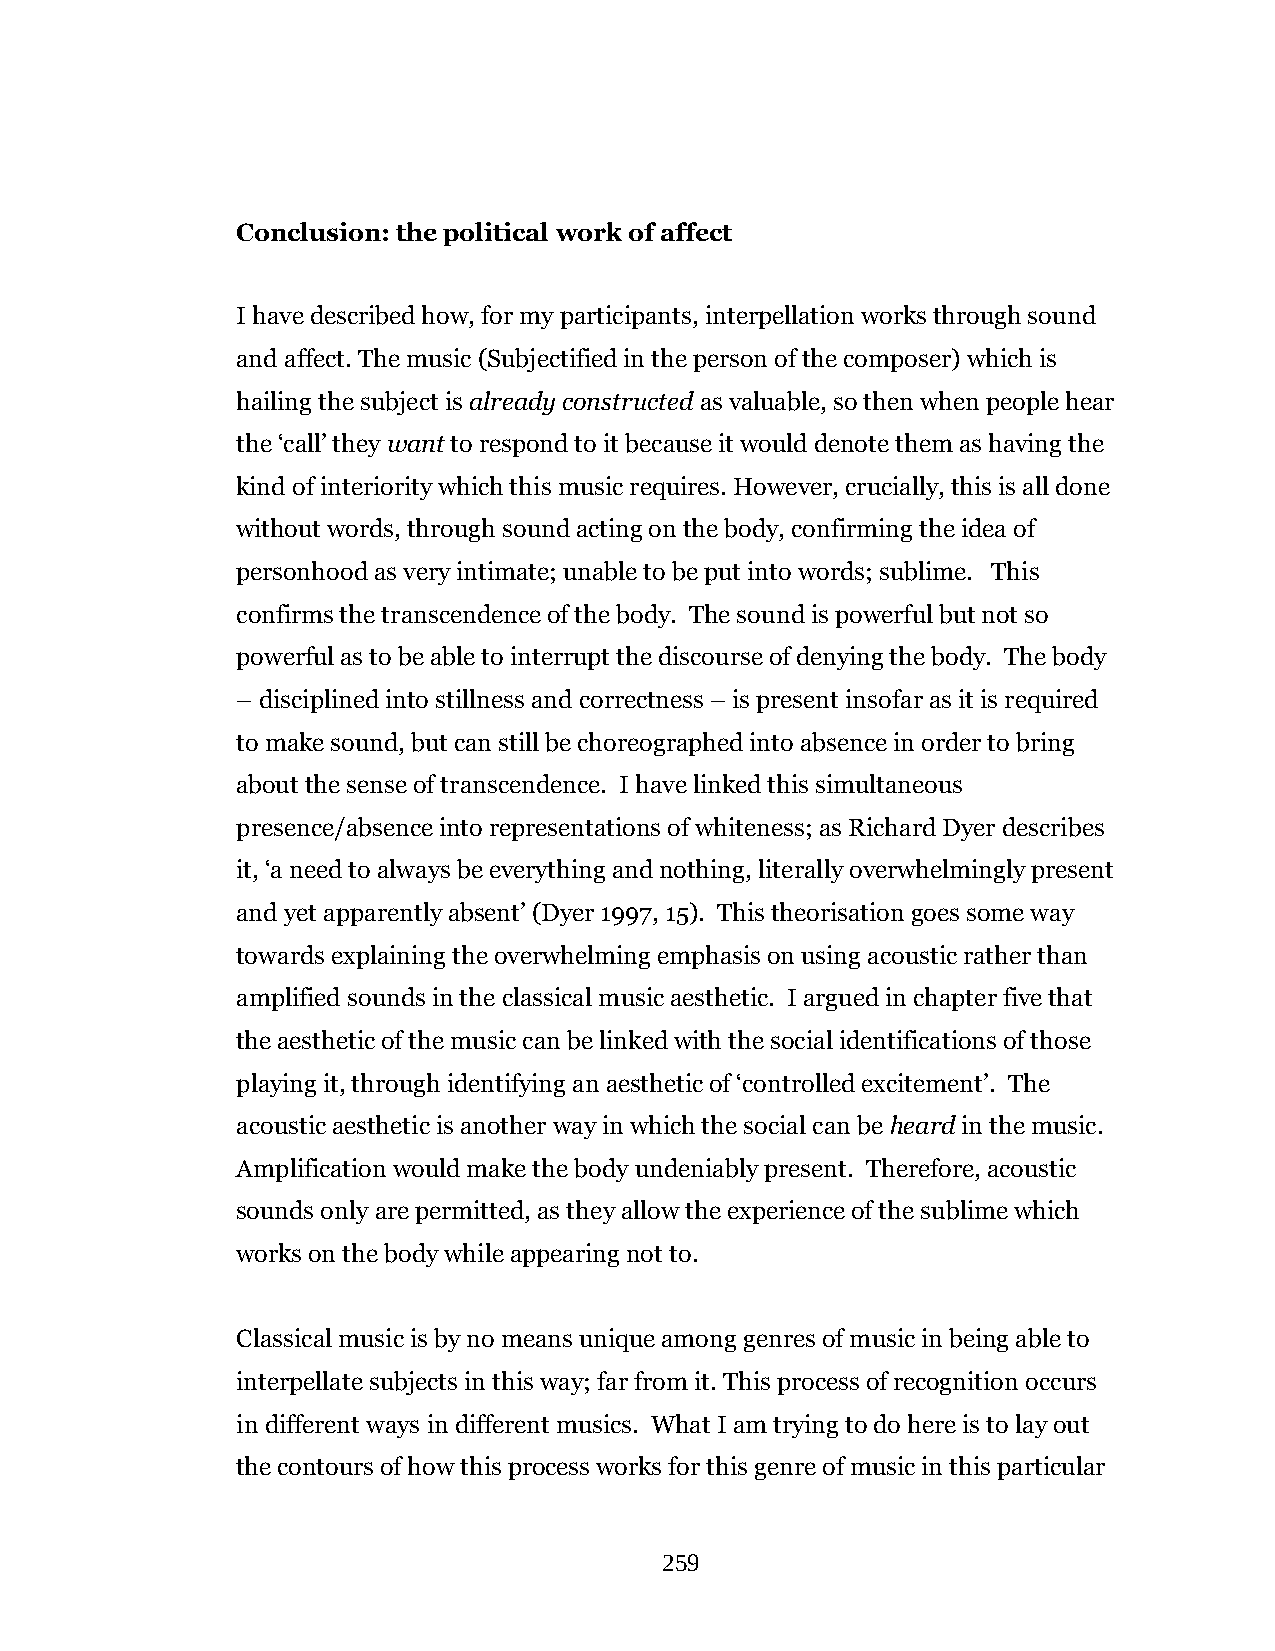
Conclusion: the political work of affect
 I have described how, for my participants, interpellation works through sound
 and affect. The music (Subjectified in the person of the composer) which is
 hailing the subject is already constructed as valuable, so then when people hear
 the ‘call’ they want to respond to it because it would denote them as having the
 kind of interiority which this music requires. However, crucially, this is all done
 without words, through sound acting on the body, confirming the idea of
 personhood as very intimate; unable to be put into words; sublime. This
 confirms the transcendence of the body. The sound is powerful but not so
 powerful as to be able to interrupt the discourse of denying the body. The body
 – disciplined into stillness and correctness – is present insofar as it is required
 to make sound, but can still be choreographed into absence in order to bring
 about the sense of transcendence. I have linked this simultaneous
 presence/absence into representations of whiteness; as Richard Dyer describes
 it, ‘a need to always be everything and nothing, literally overwhelmingly present
 and yet apparently absent’ (Dyer 1997, 15). This theorisation goes some way
 towards explaining the overwhelming emphasis on using acoustic rather than
 amplified sounds in the classical music aesthetic. I argued in chapter five that
 the aesthetic of the music can be linked with the social identifications of those
 playing it, through identifying an aesthetic of ‘controlled excitement’. The
 acoustic aesthetic is another way in which the social can be heard in the music.
 Amplification would make the body undeniably present. Therefore, acoustic
 sounds only are permitted, as they allow the experience of the sublime which
 works on the body while appearing not to.
 Classical music is by no means unique among genres of music in being able to
 interpellate subjects in this way; far from it. This process of recognition occurs
 in different ways in different musics. What I am trying to do here is to lay out
 the contours of how this process works for this genre of music in this particular
 259